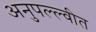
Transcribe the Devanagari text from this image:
अनुपल्ल्वीत